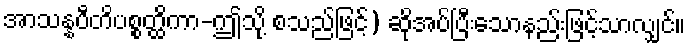
အာသန္နပီတိပစ္စတ္ထိကာ-ဤသို့ စသည်ဖြင့်) ဆိုအပ်ပြီးသောနည်းဖြင့်သာလျှင်။